Report of the Indian Hemp Drugs Commission, 1894-1895 - Volume V
Year: 1894
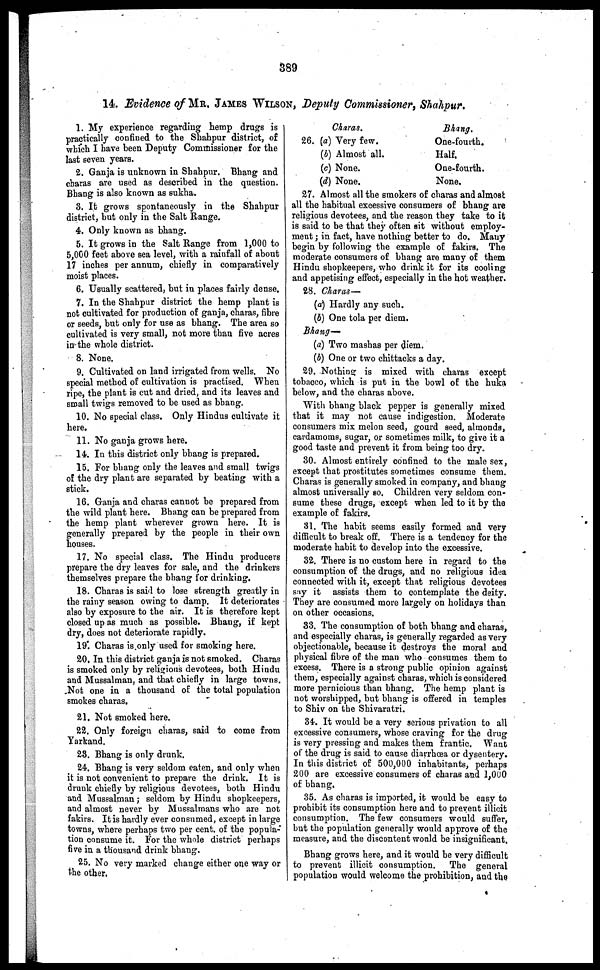
389
14. Evidence of MR. JAMES WILSON, Deputy Commissioner, Shahpur.
1. My experience regarding hemp drugs is
practically confined to the Shahpur district, of
which I have been Deputy Commissioner for the
last seven years.
2. Ganja is unknown in Shahpur. Bhang and
charas are used as described in the question.
Bhang is also known as sukha.
3. It grows spontaneously in the Shahpur
district, but only in the Salt Range.
4. Only known as bhang.
5. It grows in the Salt Range from 1,000 to
5,000 feet above sea level, with a rainfall of about
17 inches per annum, chiefly in comparatively
moist places.
6. Usually scattered, but in places fairly dense.
7. In the Shahpur district the hemp plant is
not cultivated for production of ganja, charas, fibre
or seeds, but only for use as bhang. The area so
cultivated is very small, not more than five acres
in the whole district.
8. None.
9. Cultivated on land irrigated from wells. No
special method of cultivation is practised. When
ripe, the plant is cut and dried, and its leaves and
small twigs removed to be used as bhang.
10. No special class. Only Hindus cultivate it
here.
11. No ganja grows here.
14. In this district only bhang is prepared.
15. For bhang only the leaves and small twigs
of the dry plant are separated by beating with a
stick.
16. Ganja and charas cannot be prepared from
the wild plant here. Bhang can be prepared from
the hemp plant wherever grown here. It is
generally prepared by the people in their own
houses.
17. No special class. The Hindu producers
prepare the dry leaves for sale, and the drinkers
themselves prepare the bhang for drinking.
18. Charas is said to lose strength greatly in
the rainy season owing to damp. It deteriorates
also by exposure to the air. It is therefore kept
closed up as much as possible. Bhang, if kept
dry, does not deteriorate rapidly.
19. Charas is only used for smoking here.
20. In this district ganja is not smoked. Charas
is smoked only by religious devotees, both Hindu
and Mussalman, and that chiefly in large towns.
Not one in a thousand of the total population
smokes charas.
21. Not smoked here.
22. Only foreign charas, said to come from
Yarkand.
28. Bhang is only drunk.
24. Bhang is very seldom eaten, and only when
it is not convenient to prepare the drink. It is
drunk chiefly by religious devotees, both Hindu
and Mussalman; seldom by Hindu shopkeepers,
and almost never by Mussalmans who are not
fakirs. It is hardly ever consumed, except in large
towns, where perhaps two per cent. of the popula-
tion consume it. For the whole district perhaps
five in a thousand drink bhang.
25. No very marked change either one way or
the other.
Charas.
26. (a) Very few.
(b) Almost all.
(c) None.
(d) None.
Bhang.
One-fourth.
Half.
One-fourth.
None.
27. Almost all the smokers of charas and almost
all the habitual excessive consumers of bhang are
religious devotees, and the reason they take to it
is said to be that they often sit without employ-
ment; in fact, have nothing better to do. Many
begin by following the example of fakirs. The
moderate consumers of bhang are many of them
Hindu shopkeepers, who drink it for its cooling
and appetising effect, especially in the hot weather.
28. Charas—
(a) Hardly any such.
(b) One tola per diem.
Bhang-
(a) Two mashas per diem.
(b) One or two chittacks a day.
29. Nothing is mixed with charas except
tobacco, which is put in the bowl of the huka
below, and the charas above.
With bhang black pepper is generally mixed
that it may not cause indigestion. Moderate
consumers mix melon seed, gourd seed, almonds,
cardamoms, sugar, or sometimes milk, to give it a
good taste and prevent it from being too dry.
30. Almost entirely confined to the male sex,
except that prostitutes sometimes consume them.
Charas is generally smoked in company, and bhang
almost universally so. Children very seldom con-
sume these drugs, except when led to it by the
example of fakirs.
81. The habit seems easily formed and very
difficult to break off. There is a tendency for the
moderate habit to develop into the excessive.
32. There is no custom here in regard to the
consumption of the drugs, and no religious idea
connected with it, except that religious devotees
say it assists them to contemplate the deity.
They are consumed more largely on holidays than
on other occasions.
33. The consumption of both bhang and charas,
and especially charas, is generally regarded as very
objectionable, because it destroys the moral and
physical fibre of the man who consumes them to
excess. There is a strong public opinion against
them, especially against charas, which is considered
more pernicious than bhang. The hemp plant is
not worshipped, but bhang is offered in temples
to Shiv on the Shivaratri.
34. It would be a very serious privation to all
excessive consumers, whose craving for the drug
is very pressing and makes them frantic. Want
of the drug is said to cause diarrhoea or dysentery.
In this district of 500,000 inhabitants, perhaps
200 are excessive consumers of charas and 1,000
of bhang.
35. As charas is imported, it would be easy to
prohibit its consumption here and to prevent illicit
consumption. The few consumers would suffer,
but the population generally would approve of the
measure, and the discontent would be insignificant.
Bhang grows here, and it would be very difficult
to prevent illicit consumption. The general
population would welcome the prohibition, and the